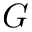
G